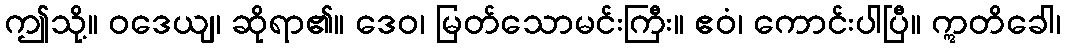
ဤသို့။ ဝဒေယျ၊ ဆိုရာ၏။ ဒေဝ၊ မြတ်သောမင်းကြီး။ ဧဝံ၊ ကောင်းပါပြီ။ ဣတိခေါ၊